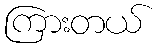
ကြားတယ်